Vaccination North-Western Provinces and Oudh 1878-1895 - 1878-1895
Year: 1878
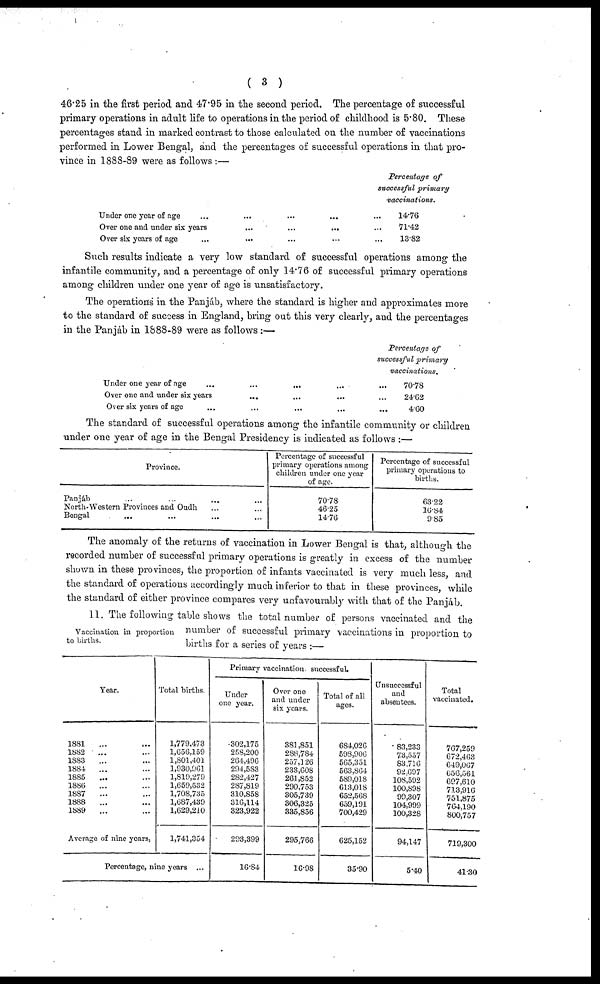
( 3 )
46.25 in the first period and 47.95 in the second period. The percentage of successful
primary operations in adult life to operations in the period of childhood is 5.80. These
percentages stand in marked contrast to those calculated on the number of vaccinations
performed in Lower Bengal, and the percentages of successful operations in that pro-
vince in 1888-89 were as follows :—
Under one year of age ... ... ... ...
Over one and under six years
...
...
...
Over six years of age ... ... ... ...
Percentage of
successful primary
vaccinations.
... 14.76
... 71.42
... 13.82
Such results indicate a very low standard of successful operations among the
infantile community, and a percentage of only 14.76 of successful primary operations
among children under one year of age is unsatisfactory.
The operations in the Panjáb, where the standard is higher and approximates more
to the standard of success in England, bring out this very clearly, and the percentages
in the Panjáb in 1888-89 were as follows :—
Under one year of age ... ... ... ...
Over one and under six years ... ... ...
Over six years of age ... ... ... ...
Percentage of
successful primary
vaccinations.
... 70.78
... 24.62
... 4.60
The standard of successful operations among the infantile community or children
under one year of age in the Bengal Presidency is indicated as follows :—
Province.
Panjáb ... ... ... ...
North-Western Provinces and Oudh ... ...
Bengal ... ... ... ...
Percentage of successful
primary operations among
children under one year
of age.
70.78
46.25
14.76
Percentage of successful
primary operations to
births.
63.22
16.84
9.85
The anomaly of the returns of vaccination in Lower Bengal is that, although the
recorded number of successful primary operations is greatly in excess of the number
shown in these provinces, the proportion of infants vaccinated is very much less, and
the standard of operations accordingly much inferior to that in these provinces, while
the standard of either province compares very unfavourably with that of the Panjáb.
Vaccination in proportion
to births.
11. The following table shows the total number of persons vaccinated and the
number of successful primary vaccinations in proportion to
births for a series of years :—
Year.
1881
1882
1883
1884
1885
1886
1887
1888
1889
Average of nine years,
Total births.
1,779,473
1,656,159
1,801,401
1,930,961
1,819,279
1,659,532
1,708,735
1,687,439
1,629,210
1,741,354
Percentage, nine years ...
Primary vaccination successful.
Under
one year.
302,175
258,200
264,496
294,583
282,427
287,819
310,858
316,114
323,922
293,399
16.84
Over one
and under
six years.
381,851
288,784
257,126
233,608
261,852
290,753
305,739
306,325
335,856
295,766
16.98
Total of all
ages.
684,026
598,906
565,351
563,864
589,018
613,018
652,568
659,191
700,429
625,152
35.90
Unsuccessful
and
absentees.
83,233
73,557
83,716
92,607
108,592
100,898
99,307
104,999
100,328
94,147
5.40
Total
vaccinated.
707,259
672,463
649,067
656,561
697,610
713,916
751,875
764,190
800,757
719,300
41.30